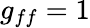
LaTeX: g_{ff}=1